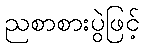
ညစာစားပွဲဖြင့်